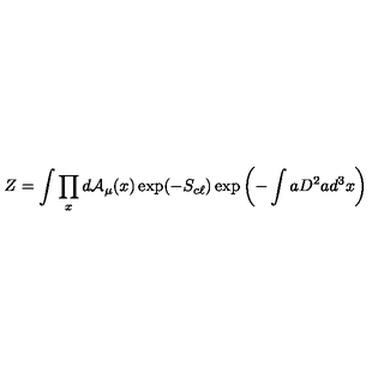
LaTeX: Z = \int \prod _ { x } d { \cal A } _ { \mu } ( x ) \exp ( - S _ { c \ell } ) \exp \left( - \int a D ^ { 2 } a d ^ { 3 } x \right)